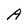
Character: A